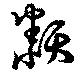
纇